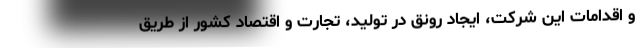
و اقدامات این شرکت، ایجاد رونق در تولید، تجارت و اقتصاد کشور از طریق